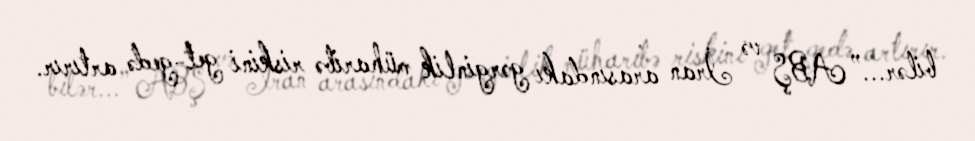
bilər...” ABŞ və İran arasındakı gərginlik müharibə riskini get-gedə artırır.